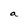
Character: a